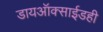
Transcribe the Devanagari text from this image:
डायऑक्साईडही